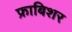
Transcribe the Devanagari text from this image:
फ्राबिशर